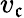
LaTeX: v_{\mathfrak{c}}